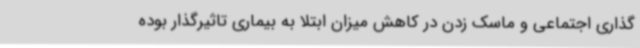
گذاری اجتماعی و ماسک زدن در کاهش میزان ابتلا به بیماری تاثیرگذار بوده